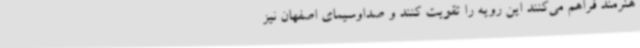
هنرمند فراهم می‌کنند این رویه را تقویت کنند و صداوسیمای اصفهان نیز